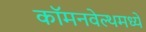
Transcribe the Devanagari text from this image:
कॉमनवेल्थमध्ये